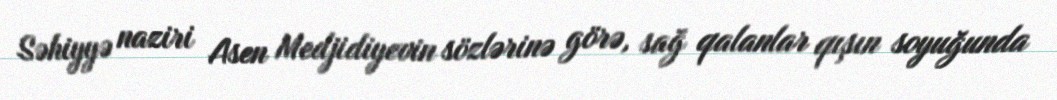
Səhiyyə naziri Asen Medjidiyevin sözlərinə görə, sağ qalanlar qışın soyuğunda